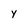
Character: Y